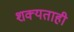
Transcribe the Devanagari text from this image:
शक्‍यताही